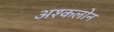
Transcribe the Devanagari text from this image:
अश्कलोन